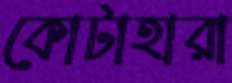
কোটাহারা